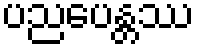
ပညပေန္တဿ